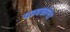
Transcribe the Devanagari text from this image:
पडवळांचा